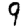
Digit: 9